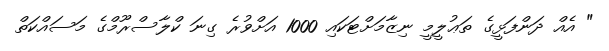
" އެއް ދަންފަޅީގެ ތަޢުލީމީ ނިޒާމަށްޓަކައި 1000 އަށްވުރެ ގިނަ ކްލާސްރޫމްގެ މަސައްކަތް